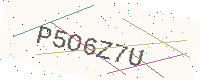
Text: P5O6Z7U